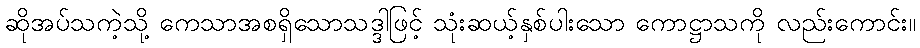
ဆိုအပ်သကဲ့သို့ ကေသာအစရှိသောသဒ္ဒါဖြင့် သုံးဆယ့်နှစ်ပါးသော ကောဋ္ဌာသကို လည်းကောင်း။